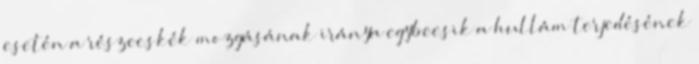
esetén a részecskék mozgásának iránya egybeesik a hullám terjedésének